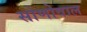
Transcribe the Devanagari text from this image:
सोणोवाल